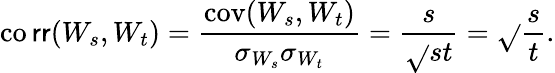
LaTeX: \operatorname{co\mathsf{r}\mathsf{r}}(W_{s},W_{t})={\frac{{\operatorname{cov}(W_{s},W_{t})}}{{\sigma_{W_{s}}\sigma_{W_{t}}}}}={\frac{{s}}{{\sqrt{}{{st}}}}}={\sqrt{}{{\frac{{s}}{{t}}}}}.